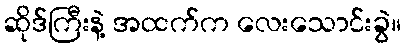
ဆိုဒ်ကြီးနဲ့ အထက်က လေးသောင်းခွဲ။